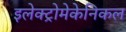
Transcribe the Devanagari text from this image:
इलेक्ट्रोमेकेनिकल